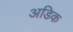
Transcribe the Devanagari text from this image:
अडिक